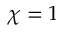
\chi = 1